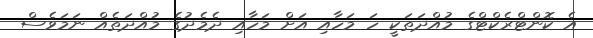
އެ ކޮންޓްރެކްޓްގެ މުއްދަތަކީ ހަ މަހާއި އަށް މަހާއި ދެމެދުގެ މުއްދަތެއް ނަމަވެސް